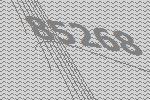
85268